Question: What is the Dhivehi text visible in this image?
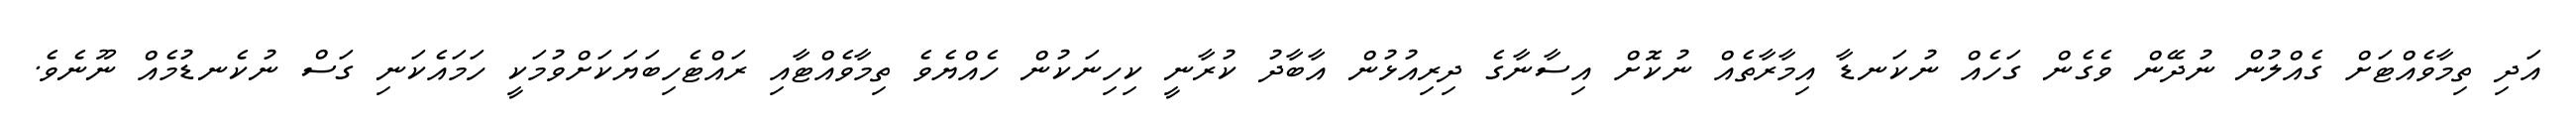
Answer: އަދި ތިމާވެއްޓަށް ގެއްލުން ނުދޭން ވެގެން ގަހެއް ނުކަނޑާ އިމާރާތެއް ނުކޮށް އިސާނާގެ ދިރިއުޅުން އާބާދު ކުރާނީ ކިހިނަކުން ހެއްޔެވެ ތިމާވެއްޓާއި ރައްޓެހިބަޔަކަށްވުމަކީ ހަމައެކަނި ގަސް ނުކެނޑުމެއް ނޫނެވެ.